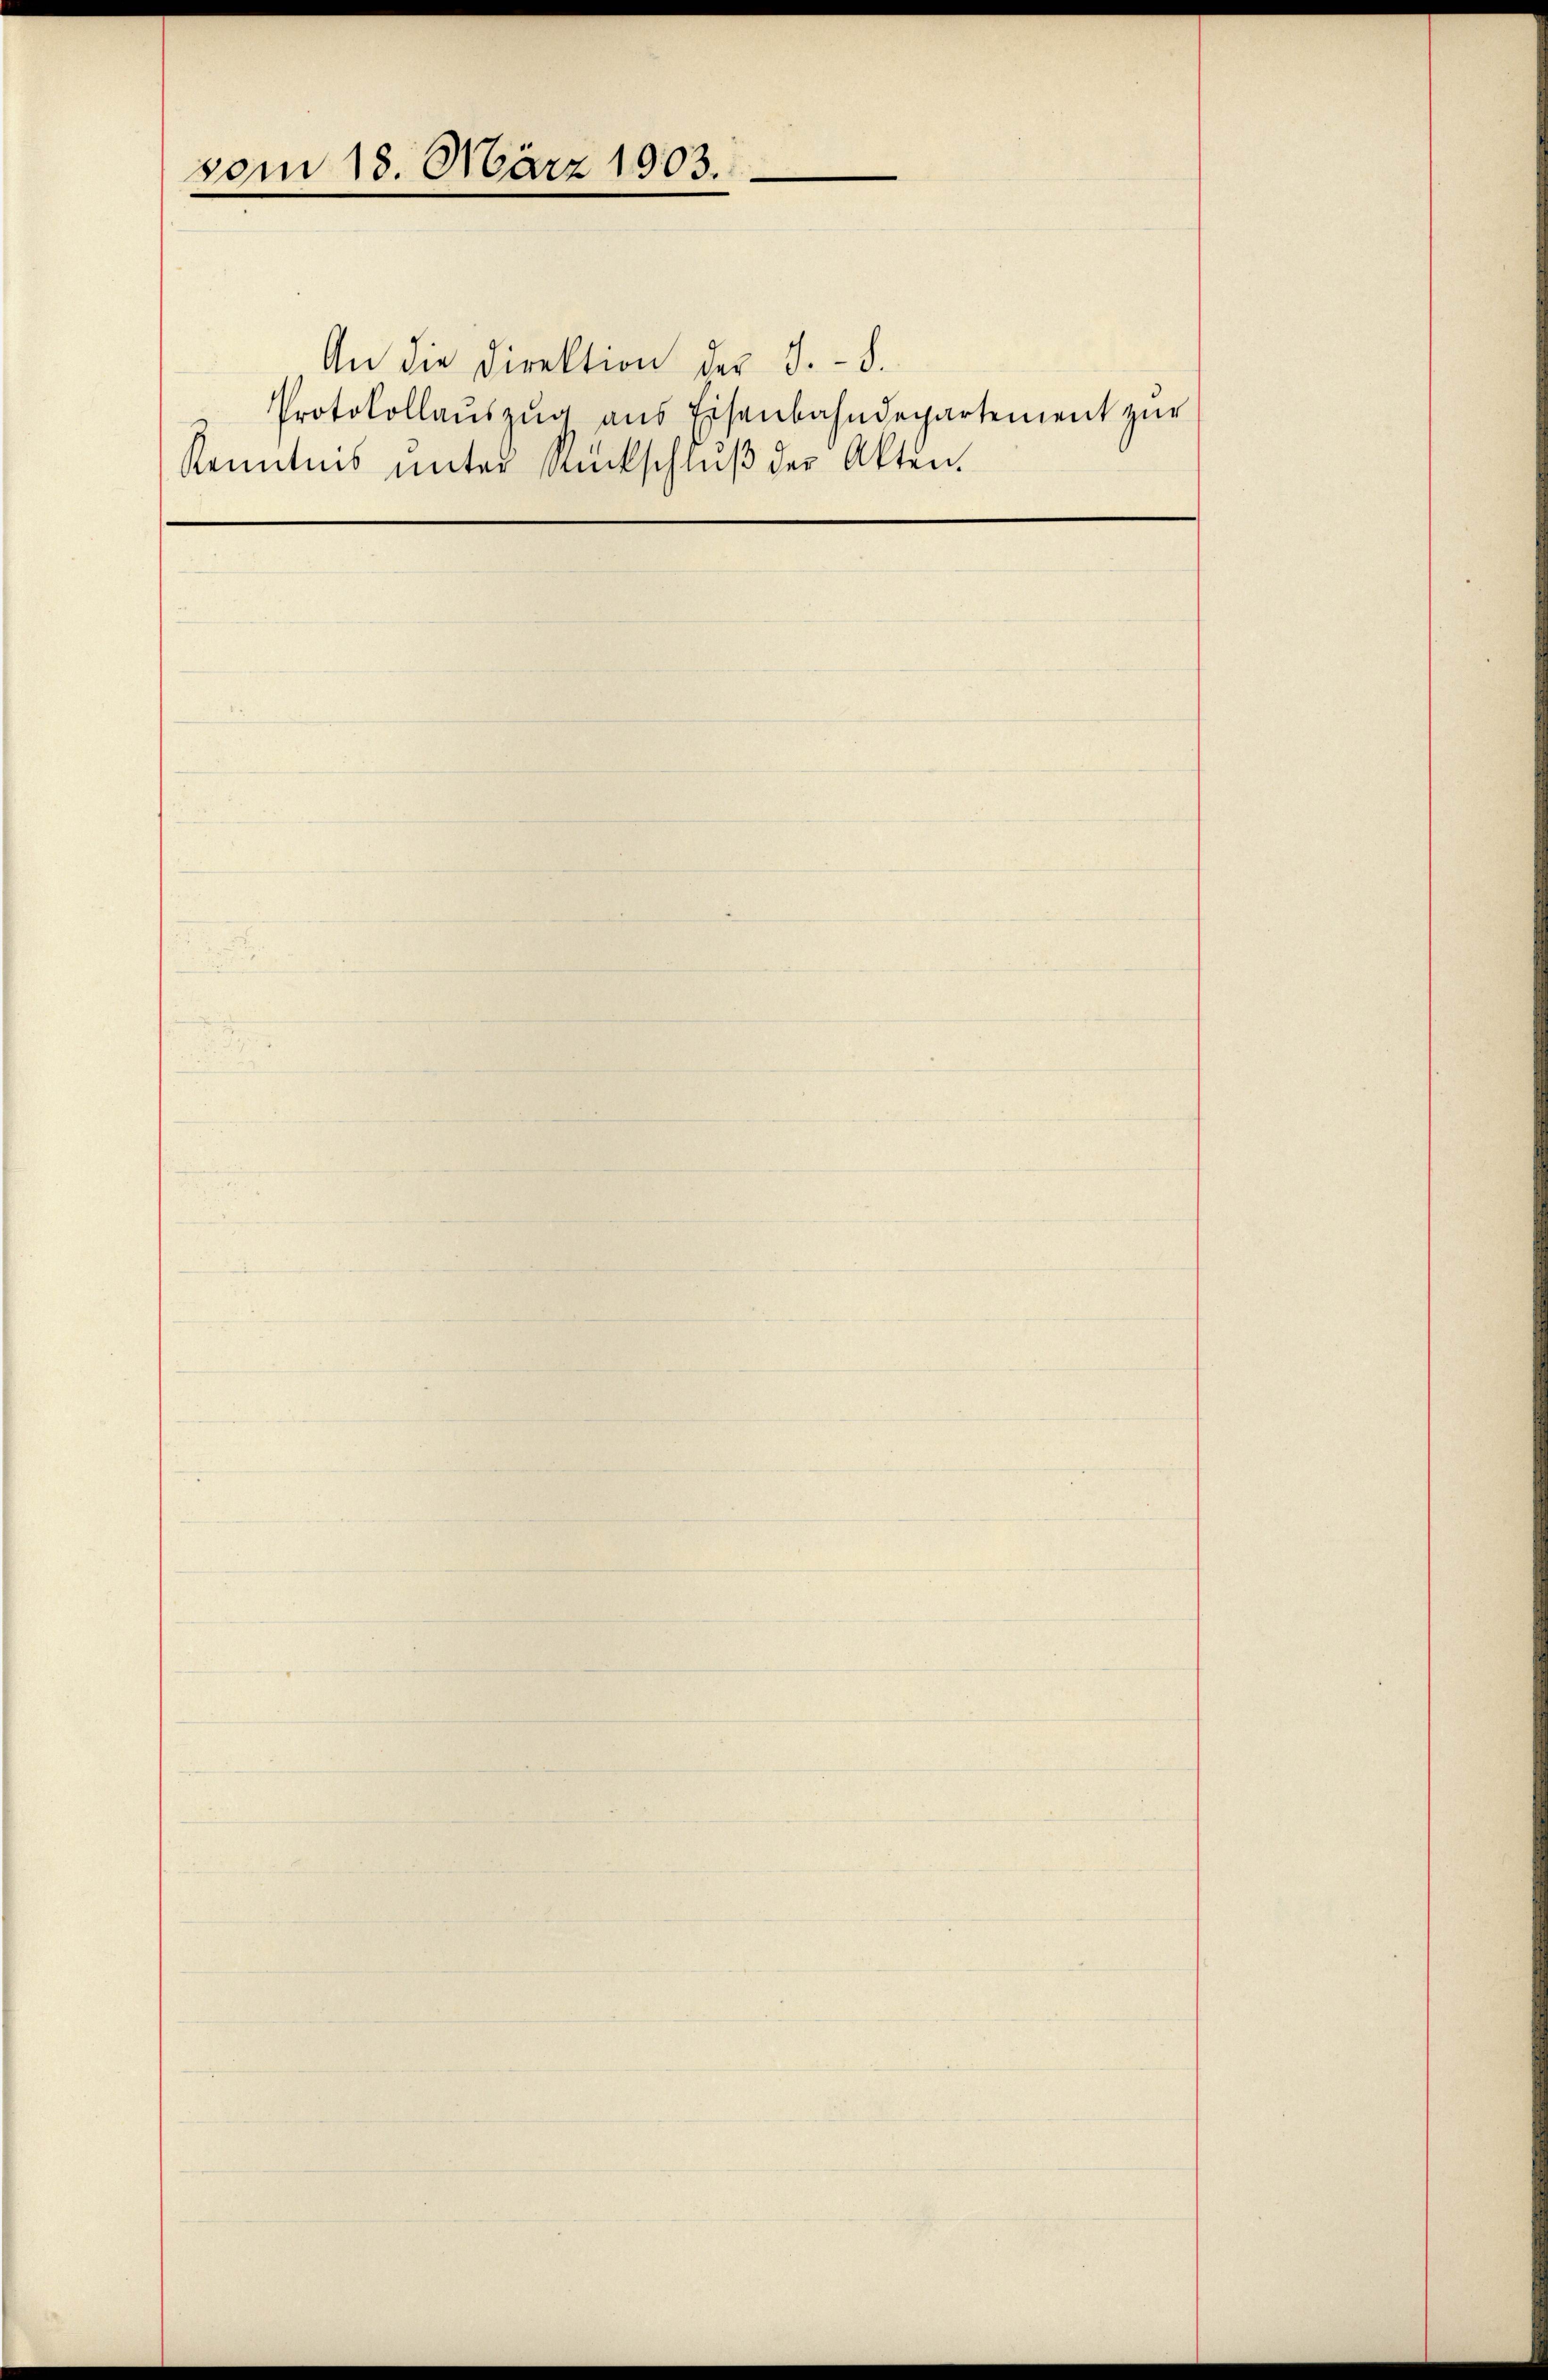
vom 18. März 1903.

An die Direktion der S. 8.

Protokollauszug aus Eisenbahndepartement zur
Kenntnis ŭnter Rückschlŭβ der Akten.